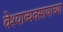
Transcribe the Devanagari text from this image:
वेश्याव्यवसायाच्या